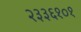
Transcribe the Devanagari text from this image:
२३३६१०१